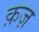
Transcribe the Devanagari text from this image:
क़ज़